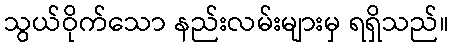
သွယ်ဝိုက်သော နည်းလမ်းများမှ ရရှိသည်။